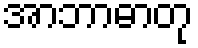
အာဘာဓာတု